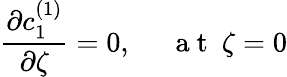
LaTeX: \frac{\partial c_{1}^{(1)}}{\partial\zeta}=0,~~~~~\mathrm{~a~t~}~\zeta=0